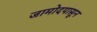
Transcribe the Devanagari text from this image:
जामोदपासून